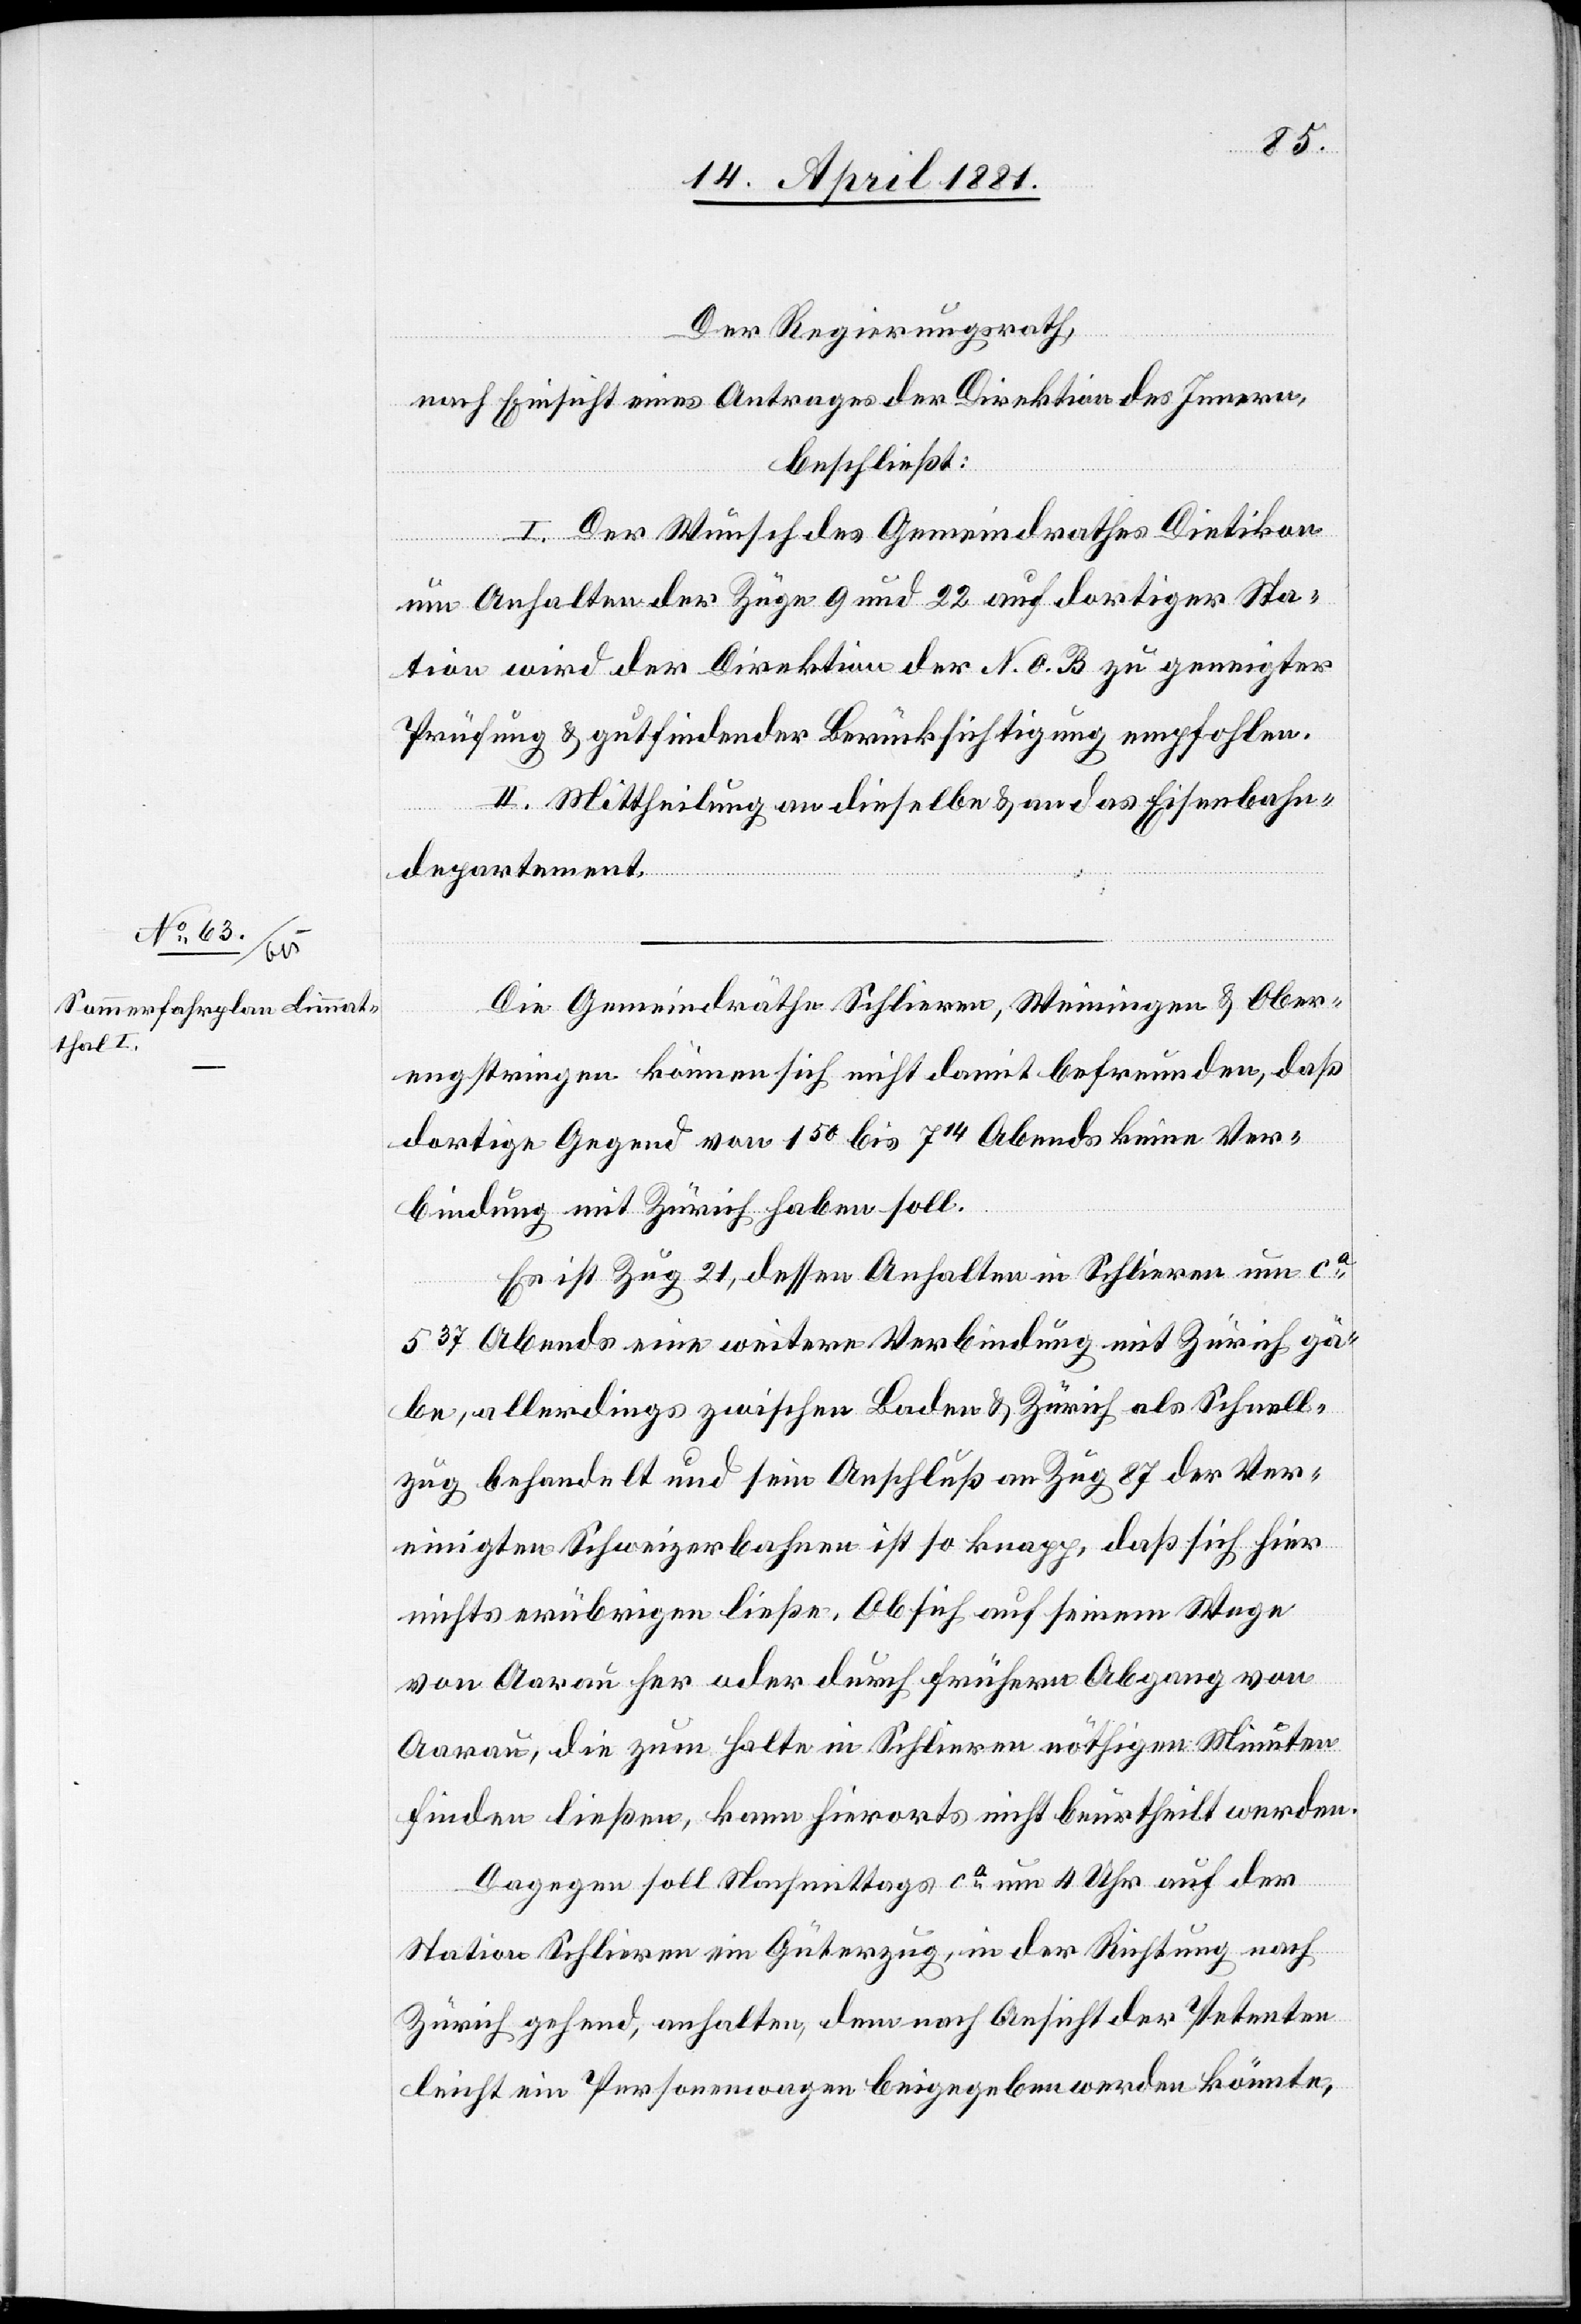
Der Regierungsrath,
nach Einsicht eines Antrages der Direktion des Innern,
beschließt:
I. Der Wunsch des Gemeindrathes Dietikon
um Anhalten der Züge 9 und 22 auf dortiger Sta¬
tion wird der Direktion der N. O. B. zu geneigter
Prüfung & gutfindender Berücksichtigung empfohlen.
II. Mittheilung an dieselbe & an das Eisenbahn¬
departement.
Die Gemeindräthe Schlieren, Weiningen & Ober¬
engstringen können sich nicht damit befreunden, daß
dortige Gegend von 150 bis 714 Abends keine Ver¬
bindung mit Zürich haben soll.
Es ist Zug 21, dessen Anhalten in Schlieren um ca
537 Abends eine weitere Verbindung mit Zürich gä¬
be, allerdings zwischen Baden & Zürich als Schnell¬
zug behandelt und sein Anschluß an Zug 87 der Ver¬
einigten Schweizerbahnen ist so knapp, daß sich hier
nichts erübrigen ließe. Ob sich auch seinem Wege
von Aarau her oder durch frühern Abgang von
Aarau, die zum Halte in Schlieren nöthigen Minuten
finden ließen, kann hierorts nicht beurtheilt werden.
Dagegen soll Nachmittags ca um 4 Uhr auf der
Station Schlieren ein Güterzug, in der Richtung nach
Zürich gehend, anhalten, dem nach Ansicht der Petenten
leicht ein Personenwagen beigegeben werden könnte,